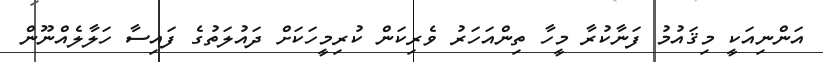
އަންނިއަކީ މިޤައުމު ފަނާކުރާ މީހާ ތިންއަހަރު ވެރިކަން ކުރިމީހަކަށް ދައުލަތުގެ ފައިސާ ހަލާލެއްނޫން